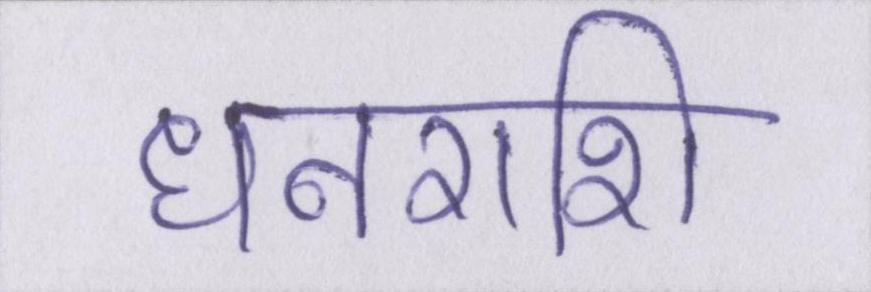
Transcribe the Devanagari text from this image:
धनराशि